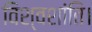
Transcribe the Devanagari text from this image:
विश्वशांति।